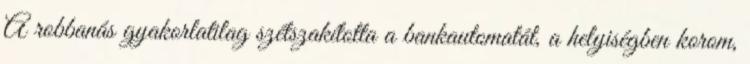
A robbanás gyakorlatilag szétszakította a bankautomatát, a helyiségben korom,